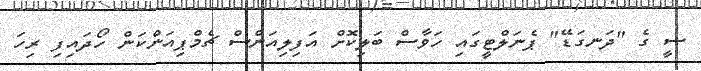
ސީ ގެ "ދަނގަޑޭ" ޕެނަލްޓީގައި ހަވާސް ބަލިކޮށް އަފިލިއަންސް ޗެމްޕިއަންކަން ހޯދައިފި ރިހަ